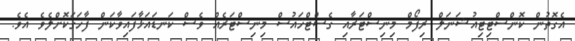
އެގޮތުން ކޮންސްޓިޓިއުޝަނަލް ރިފޯމް މިނިސްޓަރާއި ގެސްޓްހައުސް މިނިސްޓަރެއް ވެސް ކަނޑައަޅާފައިވާކަން ފާހަގަކޮށްލެވެ އެވެ.